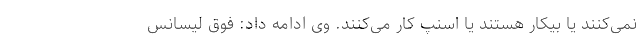
نمی‌کنند یا بیکار هستند یا اسنپ کار می‌کنند. وی ادامه داد: فوق لیسانس